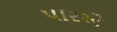
પારએ